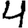
Digit: 4